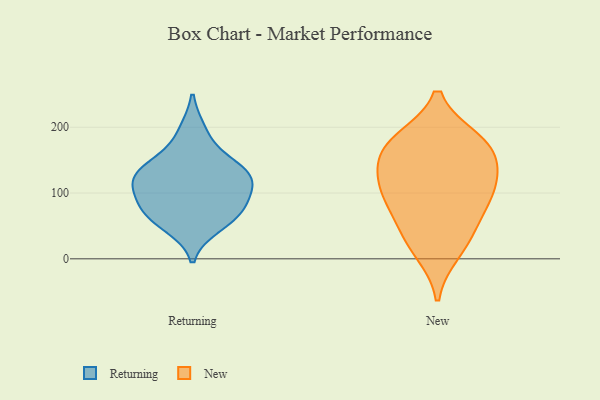
{"axis": {"x": "Net Income (USD K)", "y": "Value"}, "legend": ["New", "Returning"], "data": [{"x": "", "y": 125, "type": "Returning"}, {"x": "", "y": 80, "type": "Returning"}, {"x": "", "y": 101, "type": "Returning"}, {"x": "", "y": 194, "type": "Returning"}, {"x": "", "y": 68, "type": "Returning"}, {"x": "", "y": 126, "type": "Returning"}, {"x": "", "y": 151, "type": "Returning"}, {"x": "", "y": 69, "type": "Returning"}, {"x": "", "y": 50, "type": "Returning"}, {"x": "", "y": 115, "type": "Returning"}, {"x": "", "y": 133, "type": "Returning"}, {"x": "", "y": 107, "type": "New"}, {"x": "", "y": 11, "type": "New"}, {"x": "", "y": 31, "type": "New"}, {"x": "", "y": 107, "type": "New"}, {"x": "", "y": 174, "type": "New"}, {"x": "", "y": 109, "type": "New"}, {"x": "", "y": 158, "type": "New"}, {"x": "", "y": 55, "type": "New"}, {"x": "", "y": 176, "type": "New"}, {"x": "", "y": 81, "type": "New"}, {"x": "", "y": 140, "type": "New"}, {"x": "", "y": 180, "type": "New"}]}